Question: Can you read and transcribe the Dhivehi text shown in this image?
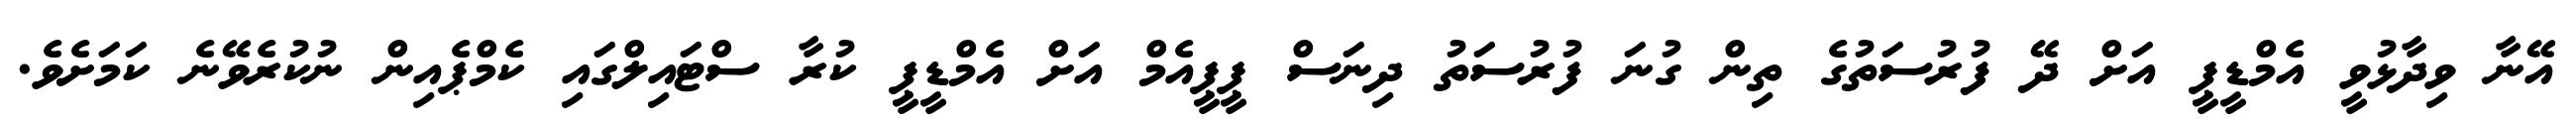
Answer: އޭނާ ވިދާޅުވީ އެމްޑީޕީ އަށް ދޭ ފުރުސަތުގެ ތިން ގުނަ ފުރުސަތު ދިނަސް ޕީޕީއެމް އަށް އެމްޑީޕީ ކުރާ ސްޓައިލްގައި ކެމްޕެއިން ނުކުރެވޭނެ ކަމަށެވެ.